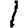
Digit: 1